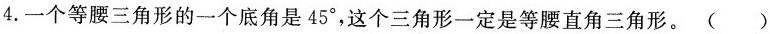
4.一个等腰三角形的一个底角是45^{\circ}，这个三角形一定是等腰直角三角形。()